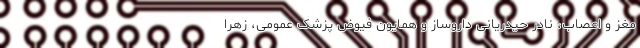
مغز و اعصاب، نادر حیدریانی داروساز و همایون فیوض پزشک عمومی، زهرا